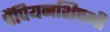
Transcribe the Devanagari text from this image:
चैंपियनशिपभी